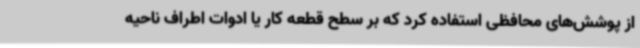
از پوشش‌های محافظی استفاده کرد که بر سطح قطعه کار یا ادوات اطراف ناحیه